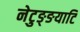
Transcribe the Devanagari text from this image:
नेटुङ्ङयाटि